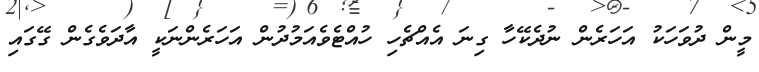
މީން ދުވަހަަކު އަހަރެން ނުދެކޭހާ ގިނަ އެއްޗެހި ހުއްޓެވެއަމުދުން އަހަރެންނަކީ އާދަވެގެން ގޭގައި